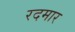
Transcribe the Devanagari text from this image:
रदमार